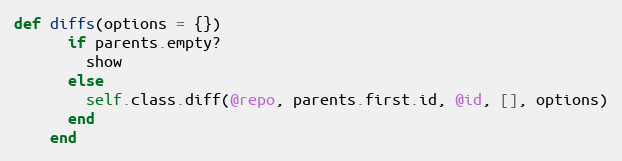
Language: Ruby
def diffs(options = {})
      if parents.empty?
        show
      else
        self.class.diff(@repo, parents.first.id, @id, [], options)
      end
    end